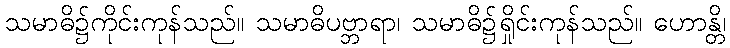
သမာဓိ၌ကိုင်းကုန်သည်။ သမာဓိပဗ္ဘာရာ၊ သမာဓိ၌ရှိုင်းကုန်သည်။ ဟောန္တိ၊